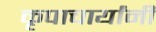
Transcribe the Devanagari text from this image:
कृपाचार्यांनी